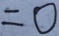
= 0